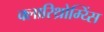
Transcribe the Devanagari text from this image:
क्लारिथ्रोम्य्सिं